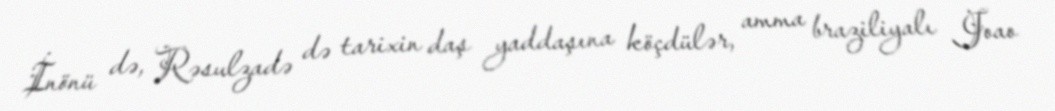
İnönü də, Rəsulzadə də tarixin daş yaddaşına köçdülər, amma braziliyalı Joao